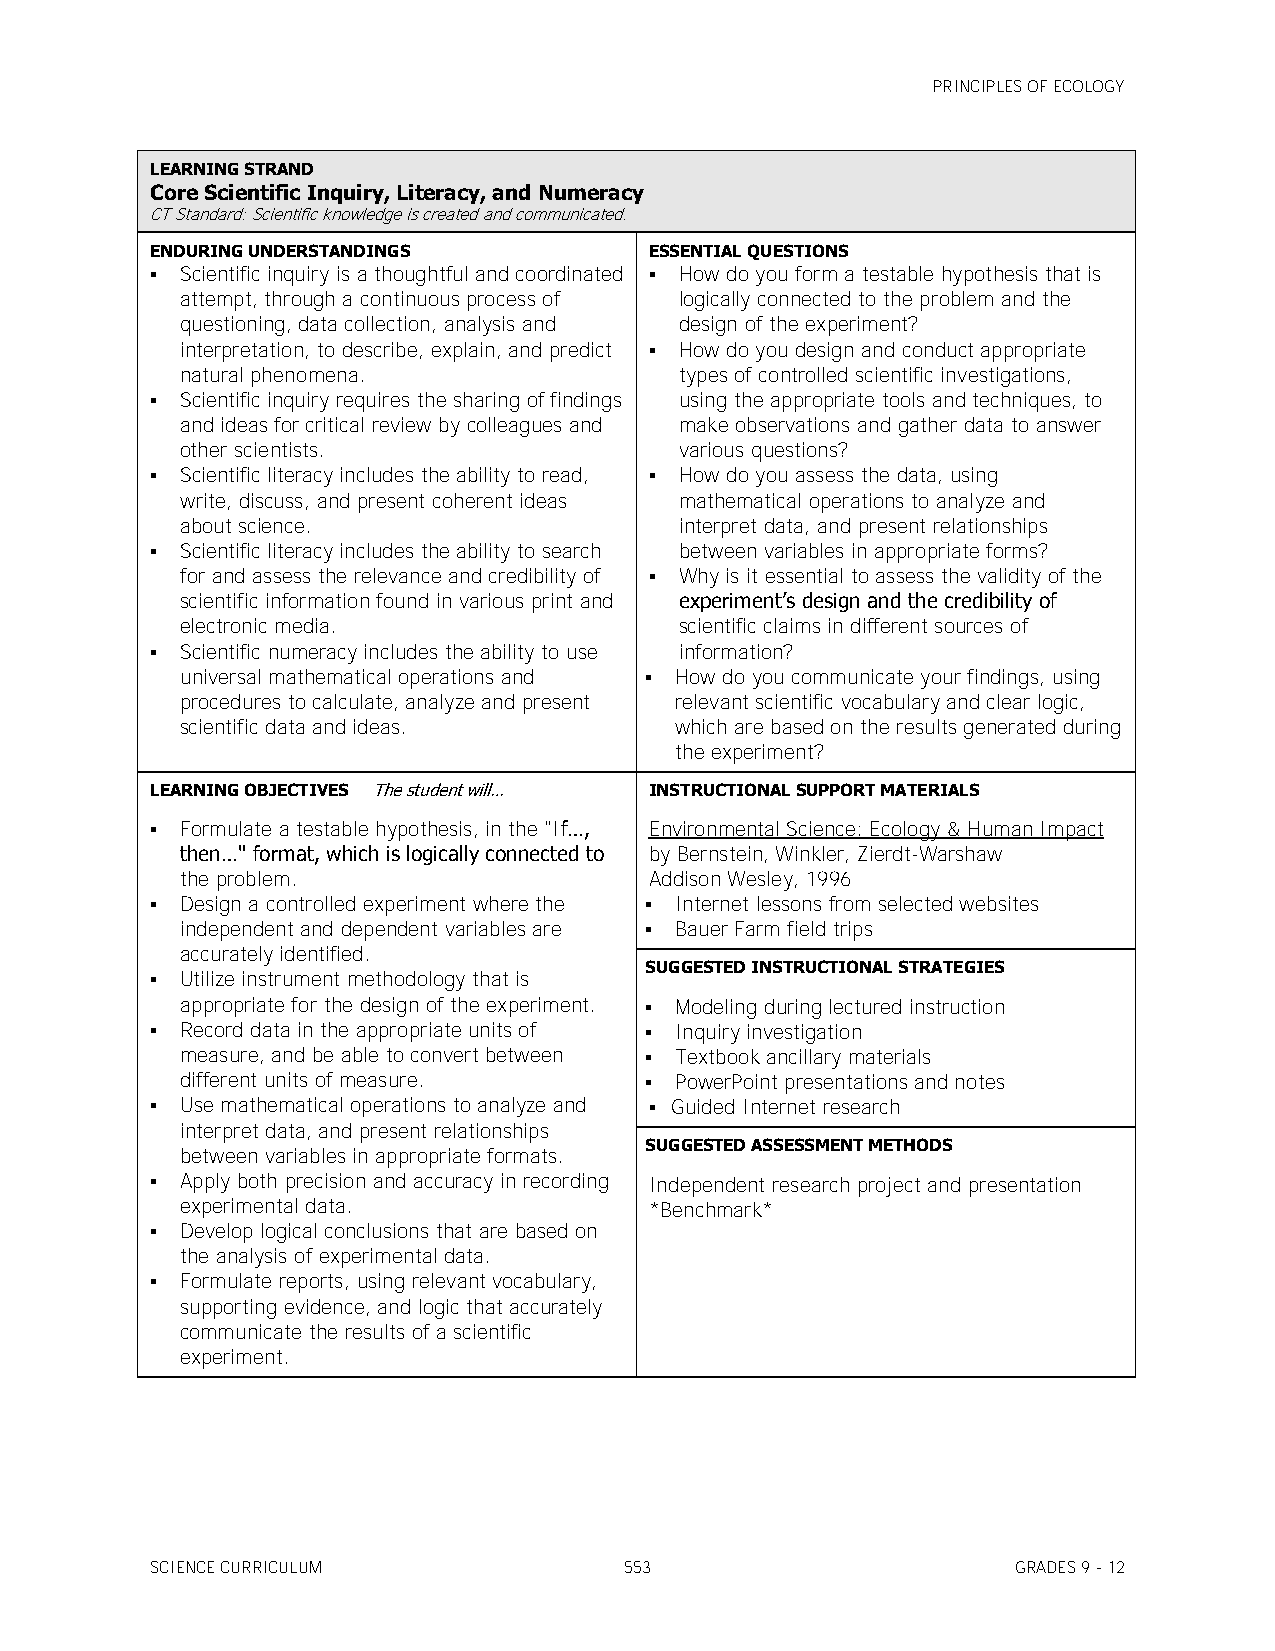
PRINCIPLES OF ECOLOGY
 LEARNING STRAND
 Core Scientific Inquiry, Literacy, and Numeracy
 CT Standard: Scientific knowledge is created and communicated.
 ENDURING UNDERSTANDINGS          ESSENTIAL QUESTIONS
  Scientific inquiry is a thoughtful and coordinated  How do you form a testable hypothesis that is
 attempt, through a continuous process of logically connected to the problem and the
 questioning, data collection, analysis and design of the experiment?
 interpretation, to describe, explain, and predict  How do you design and conduct appropriate
 natural phenomena.               types of controlled scientific investigations,
  Scientific inquiry requires the sharing of findings using the appropriate tools and techniques, to
 and ideas for critical review by colleagues and make observations and gather data to answer
 other scientists.                various questions?
  Scientific literacy includes the ability to read,  How do you assess the data, using
 write, discuss, and present coherent ideas mathematical operations to analyze and
 about science.                   interpret data, and present relationships
  Scientific literacy includes the ability to search between variables in appropriate forms?
 for and assess the relevance and credibility of  Why is it essential to assess the validity of the
 scientific information found in various print and experiment’s design and the credibility of
 electronic media.                scientific claims in different sources of
  Scientific numeracy includes the ability to use information?
 universal mathematical operations and  How do you communicate your findings, using
 procedures to calculate, analyze and present relevant scientific vocabulary and clear logic,
 scientific data and ideas.       which are based on the results generated during
 the experiment?
 LEARNING OBJECTIVES The student will… INSTRUCTIONAL SUPPORT MATERIALS
  Formulate a testable hypothesis, in the "If…, Environmental Science: Ecology & Human Impact
 then…" format, which is logically connected to by Bernstein, Winkler, Zierdt-Warshaw
 the problem.                   Addison Wesley, 1996
  Design a controlled experiment where the  Internet lessons from selected websites
 independent and dependent variables are  Bauer Farm field trips
 accurately identified.
 SUGGESTED INSTRUCTIONAL STRATEGIES
  Utilize instrument methodology that is
 appropriate for the design of the experiment.  Modeling during lectured instruction
  Record data in the appropriate units of  Inquiry investigation
 measure, and be able to convert between  Textbook ancillary materials
 different units of measure.     PowerPoint presentations and notes
  Use mathematical operations to analyze and  Guided Internet research
 interpret data, and present relationships
 SUGGESTED ASSESSMENT METHODS
 between variables in appropriate formats.
  Apply both precision and accuracy in recording Independent research project and presentation
 experimental data.             *Benchmark*
  Develop logical conclusions that are based on
 the analysis of experimental data.
  Formulate reports, using relevant vocabulary,
 supporting evidence, and logic that accurately
 communicate the results of a scientific
 experiment.
 SCIENCE CURRICULUM             553                       GRADES 9 - 12